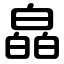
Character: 皛